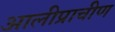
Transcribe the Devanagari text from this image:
आलीप्राचीण